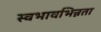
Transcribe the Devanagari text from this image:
स्वभावभिन्नता